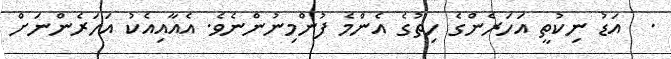
.  އަޑު ނިކުތީ އަހަރެންގެ ހިތުގެ އެންމެ ފުންމިނުންނެވެ. އެއާއިއެކު އަހަރެންނަށް